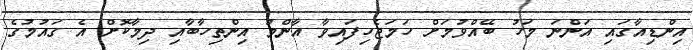
އިންޑިއާގައި އަންނަ މަހު ބޭއްވުމަށް ހަމަޖެހިފައިވާ އާންމު އިންތިހާބާއި ދިމާކޮށް އެ ގައުމުގެ